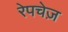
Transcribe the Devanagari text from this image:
रेपचेज़